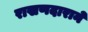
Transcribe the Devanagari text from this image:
राखणदाराने